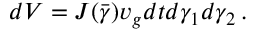
d { \cal V } = { \cal J } ( \bar { \boldsymbol { \gamma } } ) v _ { g } d t d \gamma _ { 1 } d \gamma _ { 2 } \, .